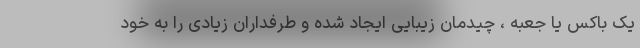
یک باکس یا جعبه ، چیدمان زیبایی ایجاد شده و طرفداران زیادی را به خود